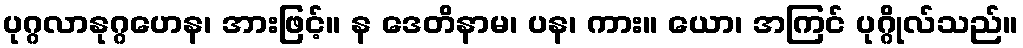
ပုဂ္ဂလာနုဂ္ဂဟေန၊ အားဖြင့်။ န ဒေတိနာမ၊ ပန၊ ကား။ ယော၊ အကြင် ပုဂ္ဂိုလ်သည်။